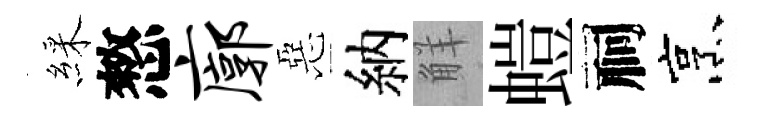
綵憗廓惡納觧螘祠烹